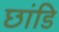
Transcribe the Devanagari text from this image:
छांडि